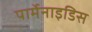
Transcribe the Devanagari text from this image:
पार्मेनाइडिस